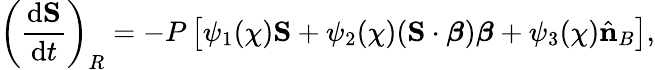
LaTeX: \left(\frac{\mathrm{d}{\mathbf S}}{\mathrm{d}t}\right)_{R}=-P\left[\psi_{1}(\chi){\mathbf S}+\psi_{2}(\chi)({\mathbf S}\cdot{\boldsymbol\beta}){\boldsymbol\beta}+\psi_{3}(\chi){\hat{\mathbf n}}_{B}\right],